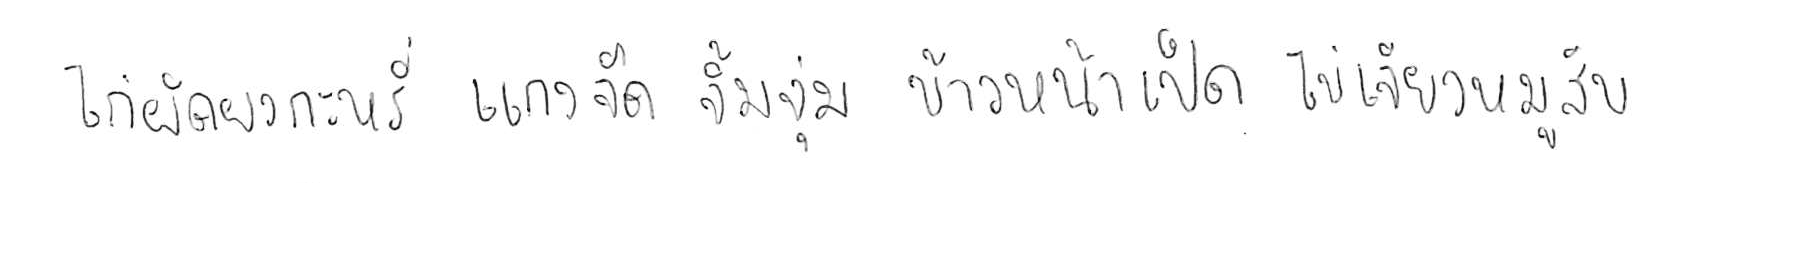
ไก่ผัดผงกะหรี่ แกงจืด จิ้มจุ่ม ข้าวหน้าเป็ด ไข่เจียวหมูสับ